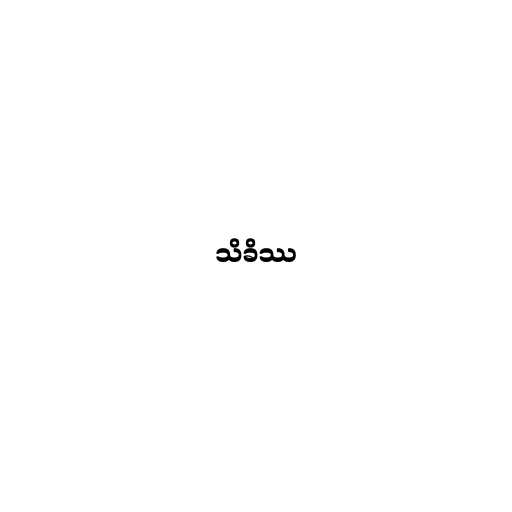
သိခိဿ